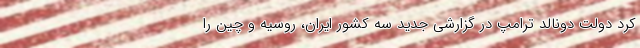
کرد دولت دونالد ترامپ در گزارشی جدید سه کشور ایران، روسیه و چین را